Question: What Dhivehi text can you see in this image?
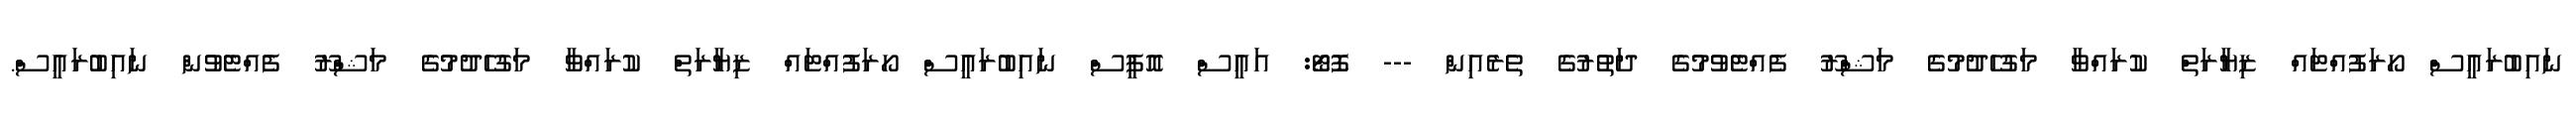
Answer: ނައިބުރައީސް ހޯރަފުއްޓައް ޒިޔާރަތް ކުރައްވާ މަގުހެދުމުގެ މަޝްރޫ ފެއްޓެވުމުގެ ދަތުރުގެ ތެރެއިން --- ފޮޓޯ: އައީސް އޮފީސް ނައިބުރައީސް ހޯރަފުއްޓައް ޒިޔާރަތް ކުރައްވާ މަގުހެދުމުގެ މަޝްރޫ ފެއްޓެވުން ނައިބުރައީސް.